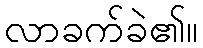
လာခက်ခဲ၏။